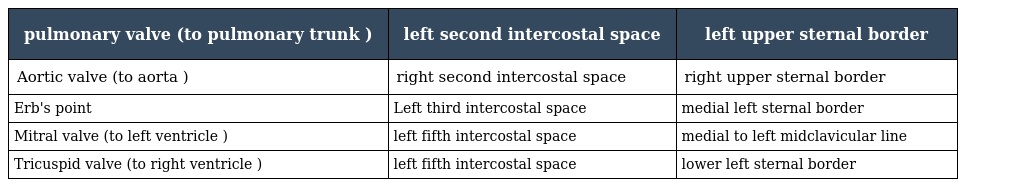
| pulmonary valve (to pulmonary trunk ) | left second intercostal space | left upper sternal border |
 | --- | --- | --- |
 | Aortic valve (to aorta ) | right second intercostal space | right upper sternal border |
 | Erb's point | Left third intercostal space | medial left sternal border |
 | Mitral valve (to left ventricle ) | left fifth intercostal space | medial to left midclavicular line |
 | Tricuspid valve (to right ventricle ) | left fifth intercostal space | lower left sternal border |